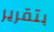
بتقرير